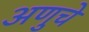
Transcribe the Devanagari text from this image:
अणुचे